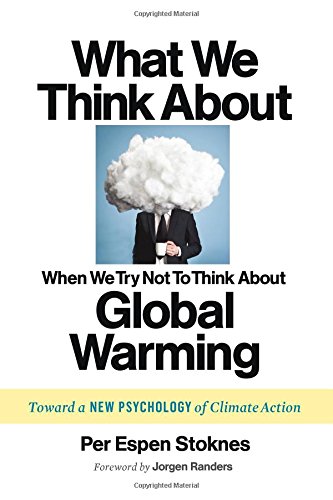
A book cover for What We Think About When We Try Not To Think About Global Warming: Toward a New Psychology of Climate Action; Per Espen Stoknes; Medical Books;